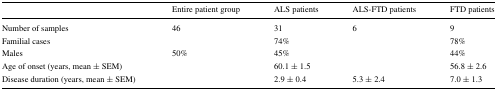
<table><thead><tr><td>[EMPTY_CELL]</td><td><b>Entire patient group</b></td><td><b>ALS patients</b></td><td><b>ALS-FTD patients</b></td><td><b>FTD patients</b></td></tr></thead><tbody><tr><td>Number of samples</td><td>46</td><td>31</td><td>6</td><td>9</td></tr><tr><td>Familial cases</td><td>[EMPTY_CELL]</td><td>74%</td><td>[EMPTY_CELL]</td><td>78%</td></tr><tr><td>Males</td><td>50%</td><td>45%</td><td>[EMPTY_CELL]</td><td>44%</td></tr><tr><td>Age of onset (years, mean ± SEM)</td><td>[EMPTY_CELL]</td><td>60.1 ± 1.5</td><td>[EMPTY_CELL]</td><td>56.8 ± 2.6</td></tr><tr><td>Disease duration (years, mean ± SEM)</td><td>[EMPTY_CELL]</td><td>2.9 ± 0.4</td><td>5.3 ± 2.4</td><td>7.0 ± 1.3</td></tr></tbody></table>